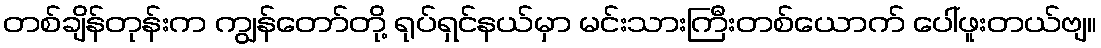
တစ်ချိန်တုန်းက ကျွန်တော်တို့ ရုပ်ရှင်နယ်မှာ မင်းသားကြီးတစ်ယောက် ပေါ်ဖူးတယ်ဗျ။